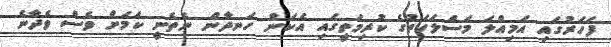
ފަހަރުގައި އަމިއްލަ މަސްލަހަތުގެ ކުރިމަތީގައި އެކަން ހަނދާން ނެތެނީ ކަމަށް ވެސް ވެދާނެ